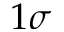
1 \sigma